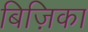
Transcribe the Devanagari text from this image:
बिज़िका